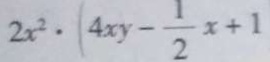
2 x ^ { 2 } \cdot ( 4 x y - \frac { 1 } { 2 } x + 1